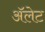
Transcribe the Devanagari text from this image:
ॲलेट